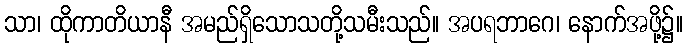
သာ၊ ထိုကာတိယာနီ အမည်ရှိသောသတို့သမီးသည်။ အပရဘာဂေ၊ နောက်အဖို့၌။